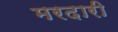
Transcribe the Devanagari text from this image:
मरदारी